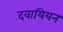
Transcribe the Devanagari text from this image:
दवायियन